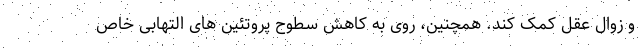
و زوال عقل کمک کند. همچنین، روی به کاهش سطوح پروتئین های التهابی خاص